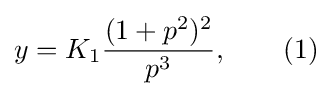
y=K_{1}{\frac {(1+p^{2})^{2}}{p^{3}}},\qquad (1)